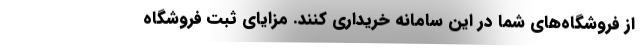
از فروشگاه‌های شما در این سامانه خریداری کنند. مزایای ثبت فروشگاه